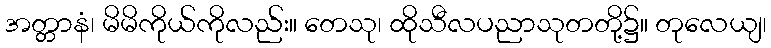
အတ္တာနံ၊ မိမိကိုယ်ကိုလည်း။ တေသု၊ ထိုသီလပညာသုတတို့၌။ တုလေယျ၊